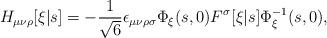
LaTeX: \begin{align*}H_{\mu\nu\rho}[\xi|s] = - \frac{1}{\sqrt{6}}\epsilon_{\mu\nu\rho\sigma} \Phi_\xi(s, 0) F^\sigma[\xi|s] \Phi_\xi^{-1}(s, 0),\end{align*}